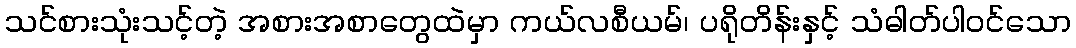
သင်စားသုံးသင့်တဲ့ အစားအစာတွေထဲမှာ ကယ်လစီယမ်၊ ပရိုတိန်းနှင့် သံဓါတ်ပါဝင်သော